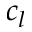
c _ { l }